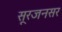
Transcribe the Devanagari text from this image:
सूरजनसर